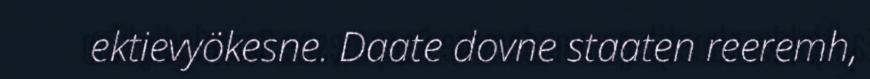
ektievyökesne. Daate dovne staaten reeremh,